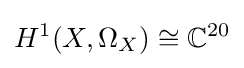
H^{1}(X,\Omega _{X})\cong \mathbb {C} ^{20}